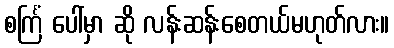
စင်္ကြံ ပေါ်မှာ ဆို လန်းဆန်းစေတယ်မဟုတ်လား။